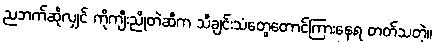
ညဘက်ဆိုလျှင် ကိုကျီးညိုတဲဆီက သီချင်းသံတွေတောင်ကြားနေရ တတ်သတဲ့။